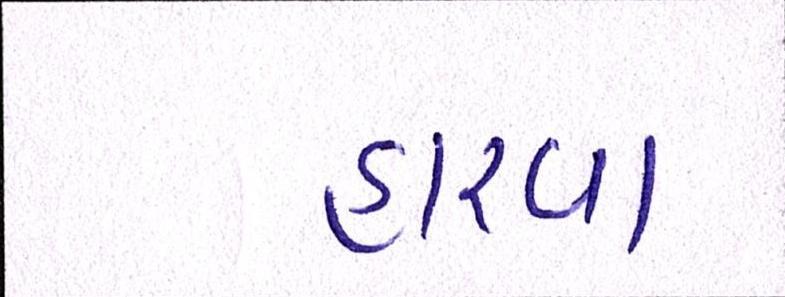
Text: હારવા